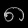
Digit: ၈